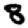
Digit: 8